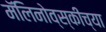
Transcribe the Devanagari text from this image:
मॅलिनोव्स्कीच्या